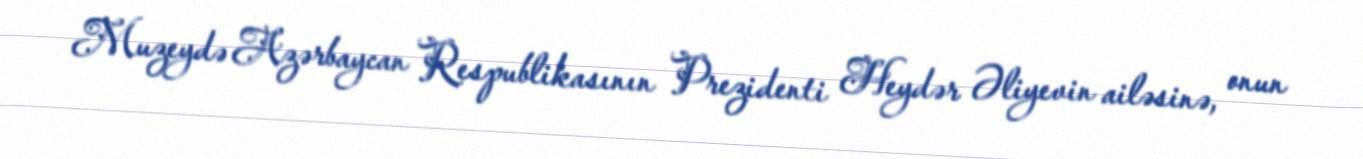
Muzeydə Azərbaycan Respublikasının Prezidenti Heydər Əliyevin ailəsinə, onun